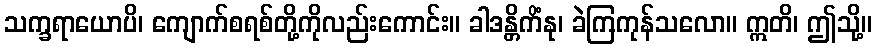
သက္ခရာယောပိ၊ ကျောက်စရစ်တို့ကိုလည်းကောင်း။ ခါဒန္တိကိံနု၊ ခဲကြကုန်သလော။ ဣတိ၊ ဤသို့။